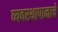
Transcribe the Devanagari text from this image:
व्यवस्थापानाचे